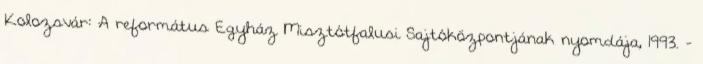
Kolozsvár: A református Egyház Misztótfalusi Sajtóközpontjának nyomdája, 1993. -